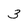
Character: 3